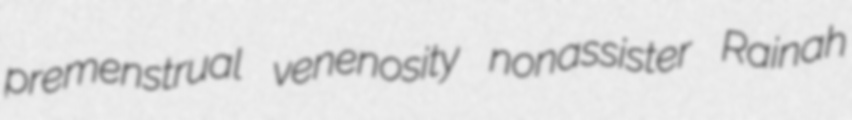
premenstrual venenosity nonassister Rainah